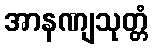
အာနဏျသုတ္တံ